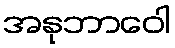
အနုဘာဝေါ